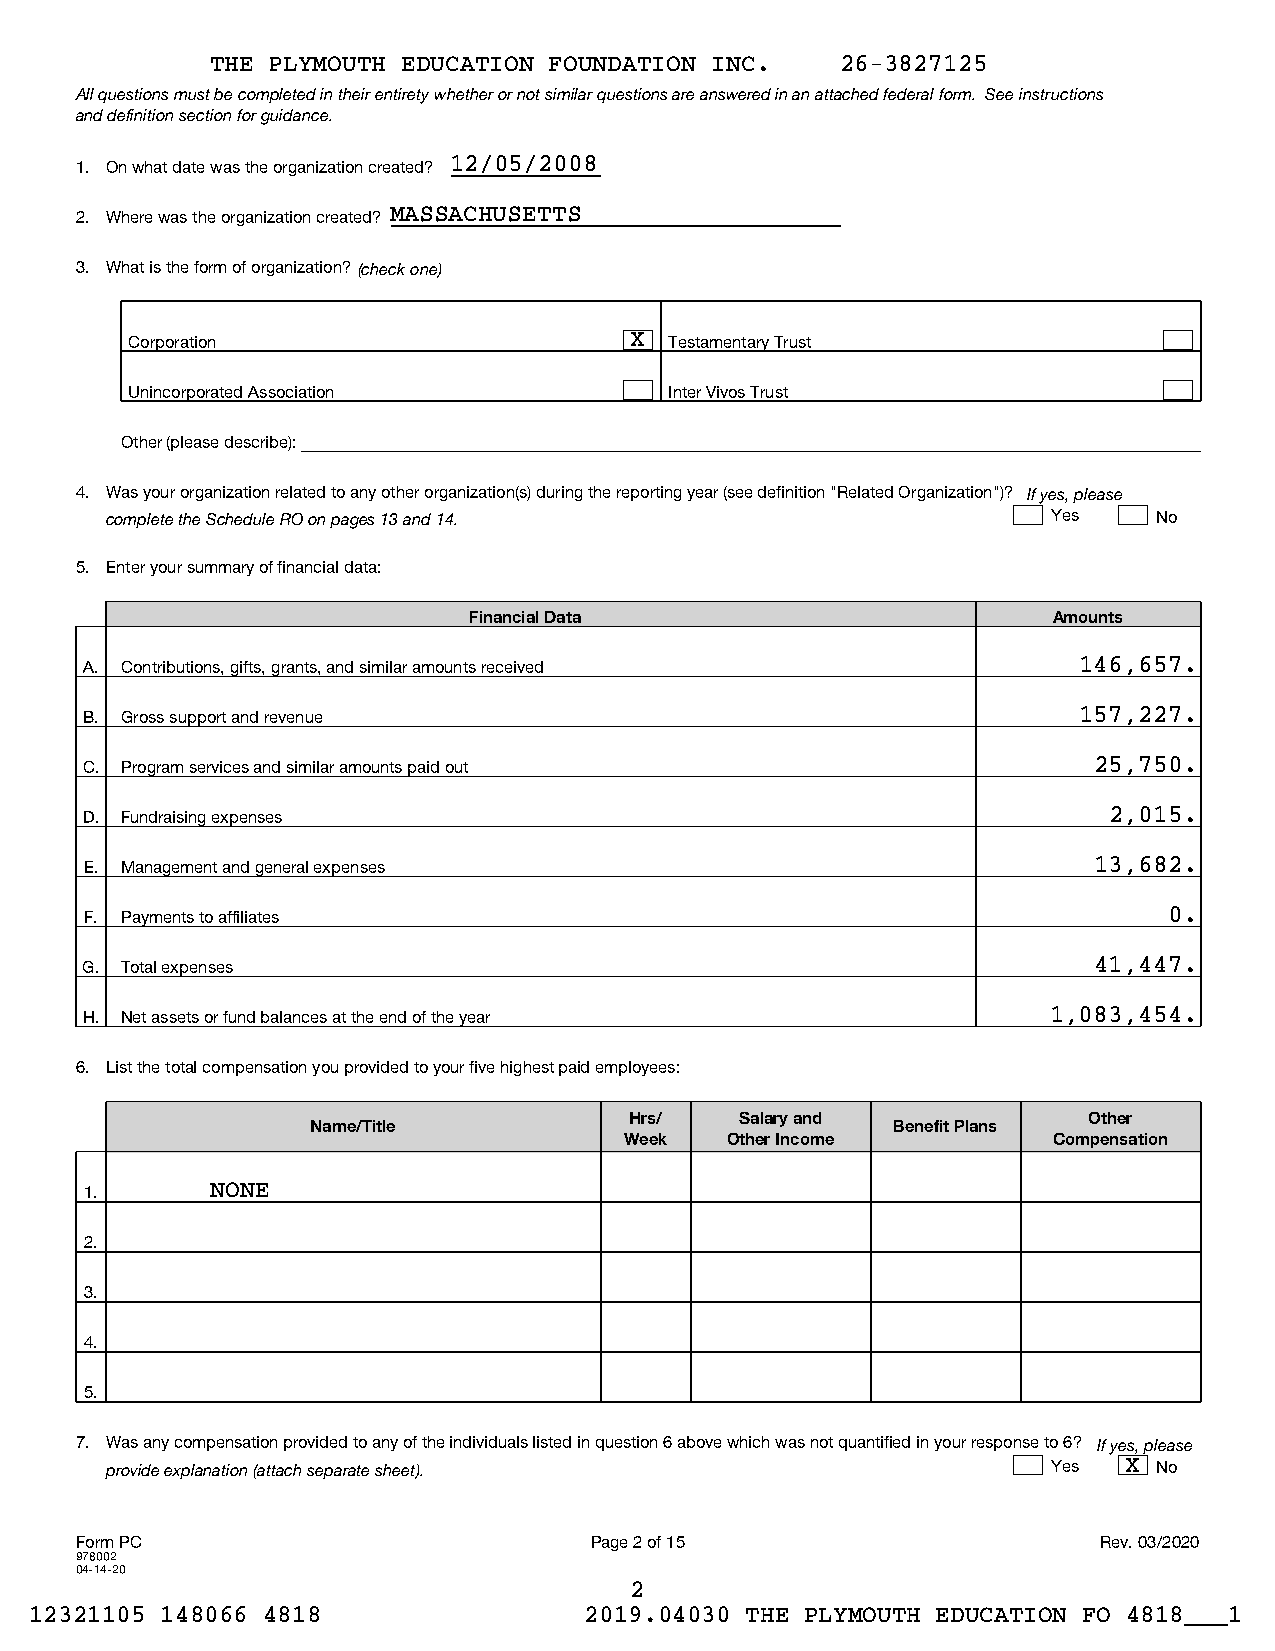
THE PLYMOUTH EDUCATION FOUNDATION INC.    26-3827125
 All questions must be completed in their entirety whether or not similar questions are answered in an attached federal form. See instructions
 and definition section for guidance.
 1. On what date was the organization created? 12/05/2008
 2. Where was the organization created? MASSACHUSETTS
 3. What is the form of organization? (check one)
 Corporation                      X Testamentary Trust
 Unincorporated Association         Inter Vivos Trust
 Other (please describe):
 4. Was your organization related to any other organization(s) during the reporting year (see definition "Related Organization")? If yes, please
 complete the Schedule RO on pages 13 and 14.                   Yes    No
 5. Enter your summary of financial data:
 Financial Data                         Amounts
 A. Contributions, gifts, grants, and similar amounts received    146,657.
 B. Gross support and revenue                                      157,227.
 C. Program services and similar amounts paid out                   25,750.
 D. Fundraising expenses                                             2,015.
 E. Management and general expenses                                13,682.
 F. Payments to affiliates                                              0.
 G. Total expenses                                                  41,447.
 H. Net assets or fund balances at the end of the year            1,083,454.
 6. List the total compensation you provided to your five highest paid employees:
 Hrs/   Salary and             Other
 Name/Title                            Benefit Plans
 Week   Other Income          Compensation
 1.      NONE
 2.
 3.
 4.
 5.
 7. Was any compensation provided to any of the individuals listed in question 6 above which was not quantified in your response to 6? If yes, please
 provide explanation (attach separate sheet).                   Yes  X No
 Form PC                           Page 2 of 15                      Rev. 03/2020
 978002
 04-14-20
 2
 12321105 148066 4818                 2019.04030 THE PLYMOUTH EDUCATION FO 4818___1